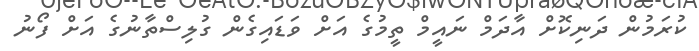
ކުރަމުން ދަނިކޮށް އާދަމް ނައީމް ތީމުގެ އަށް ވަޑައިގެން ގުލިސްތާނުގެ އަށް ފޯނު